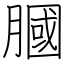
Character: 膕